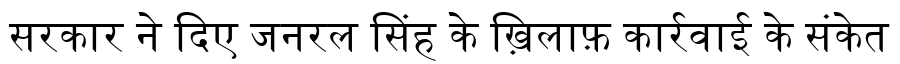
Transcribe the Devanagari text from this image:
सरकार ने दिए जनरल सिंह के ख़िलाफ़ कार्रवाई के संकेत